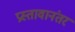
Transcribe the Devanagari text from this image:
प्रस्तावानंतर